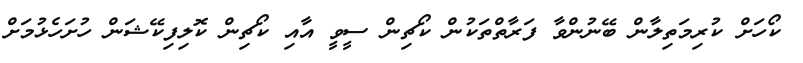
ކޯހަށް ކުރިމަތިލާން ބޭނުންވާ ފަރާތްތަކުން ކޯޗިން ސީވީ އާއި ކޯޗިން ކޮލިފިކޭޝަން ހުށަހެޅުމަށް